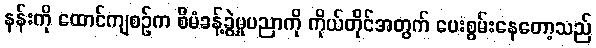
နန်းကို ထောင်ကျစဉ်က စီမံခန့်ခွဲမှုပညာကို ကိုယ်တိုင်အတွက် ပေးစွမ်းနေတော့သည်